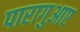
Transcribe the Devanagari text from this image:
पारागुआए